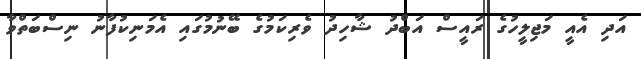
އަދި އެއީ މަޖިލީހުގެ ރައީސް އަބްދު ޝާހިދު ވެރިކަމުގެ ބޭނުމުގައި އެމަނިކުފާނު ނިސްބަތްވާ